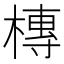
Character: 槫